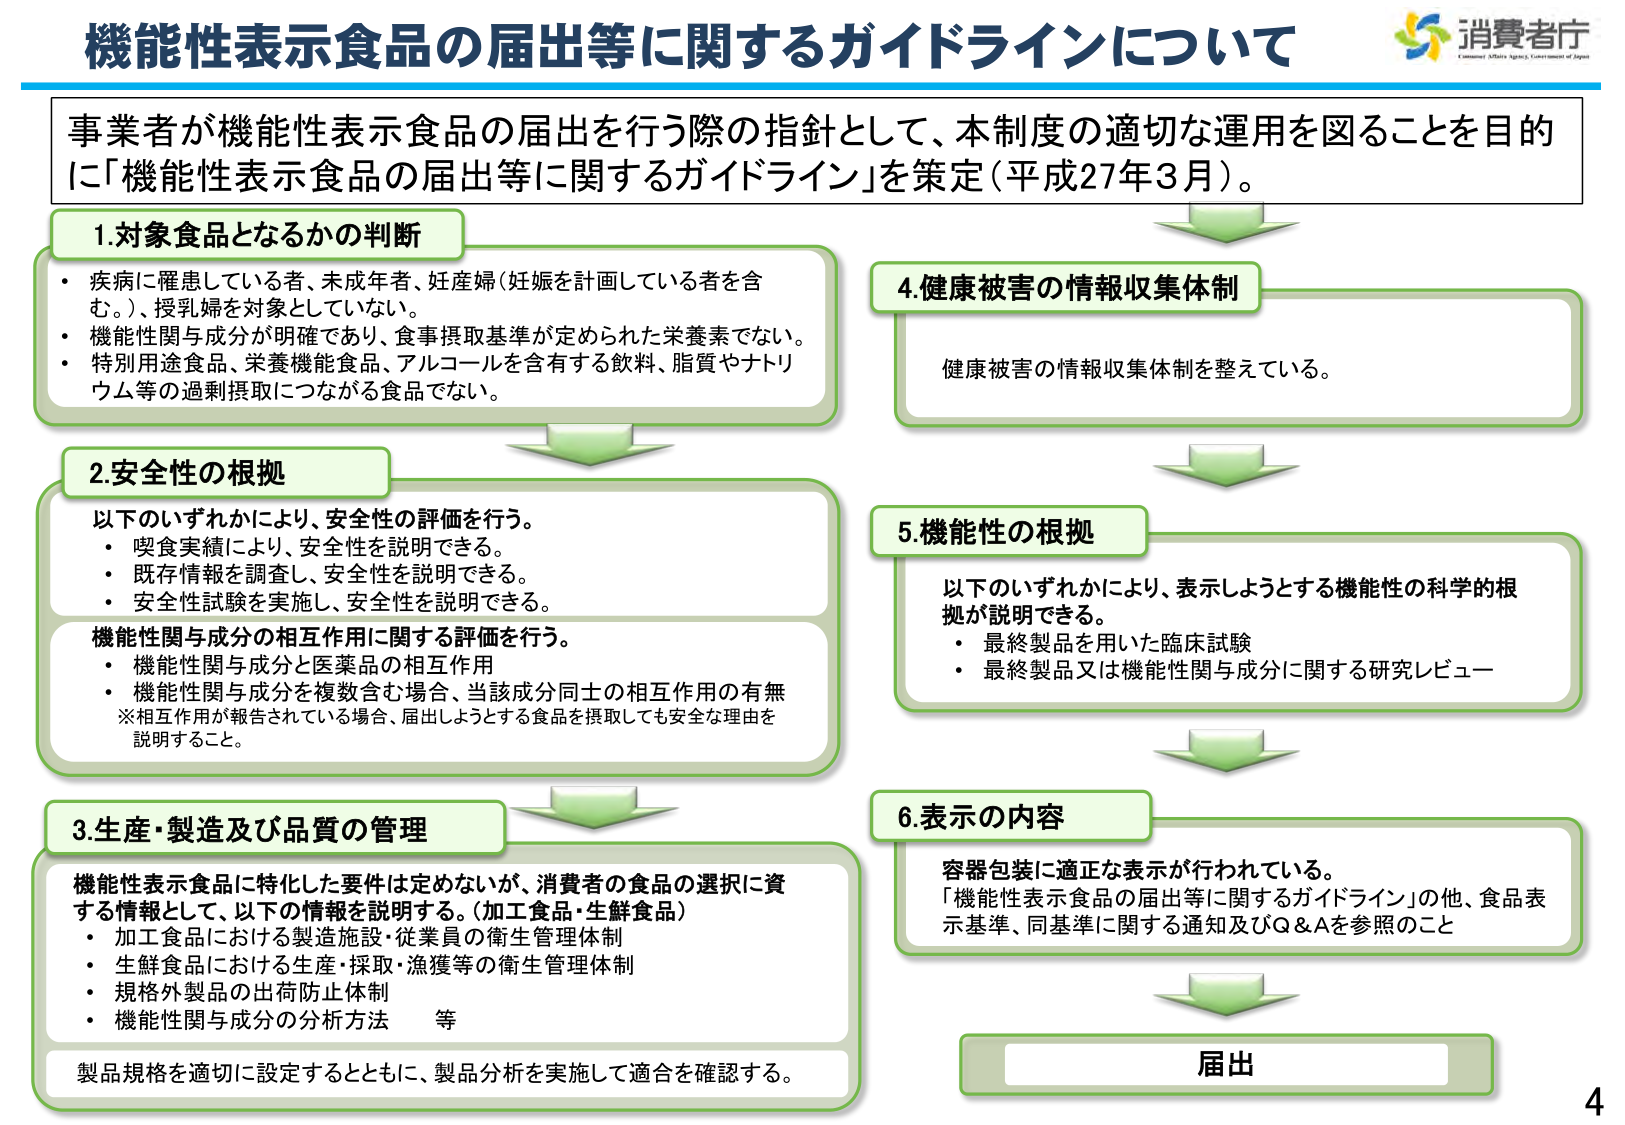
機能性表示食品の届出等に関するガイドラインについて
消費者庁
Consumer Affairs Agency, Government of Japan

事業者が機能性表示食品の届出を行う際の指針として、本制度の適切な運用を図ることを目的に「機能性表示食品の届出等に関するガイドライン」を策定（平成27年3月）。

1. 対象食品となるかの判断
・ 疾病に罹患している者、未成年者、妊産婦（妊娠を計画している者を含む。）、授乳婦を対象としていない。
・ 機能性関与成分が明確であり、食事摂取基準が定められた栄養素でない。
・ 特別用途食品、栄養機能食品、アルコールを含有する飲料、脂質やナトリウム等の過剰摂取につながる食品でない。

2. 安全性の根拠
以下のいずれかにより、安全性の評価を行う。
・ 喫食実績により、安全性を説明できる。
・ 既存情報を調査し、安全性を説明できる。
・ 安全性試験を実施し、安全性を説明できる。
機能性関与成分の相互作用に関する評価を行う。
・ 機能性関与成分と医薬品の相互作用
・ 機能性関与成分を複数含む場合、当該成分同士の相互作用の有無
※相互作用が報告されている場合、届出しようとする食品を摂取しても安全な理由を説明すること。

3. 生産・製造及び品質の管理
機能性表示食品に特化した要件は定めないが、消費者の食品の選択に資する情報として、以下の情報を説明する。（加工食品・生鮮食品）
・ 加工食品における製造施設・従業員の衛生管理体制
・ 生鮮食品における生産・採取・漁獲等の衛生管理体制
・ 規格外製品の出荷防止体制
・ 機能性関与成分の分析方法　等
製品規格を適切に設定するとともに、製品分析を実施して適合を確認する。

4. 健康被害の情報収集体制
健康被害の情報収集体制を整えている。

5. 機能性の根拠
以下のいずれかにより、表示しようとする機能性の科学的根拠が説明できる。
・ 最終製品を用いた臨床試験
・ 最終製品又は機能性関与成分に関する研究レビュー

6. 表示の内容
容器包装に適正な表示が行われている。
「機能性表示食品の届出等に関するガイドライン」の他、食品表示基準、同基準に関する通知及びQ＆Aを参照のこと

届出

4